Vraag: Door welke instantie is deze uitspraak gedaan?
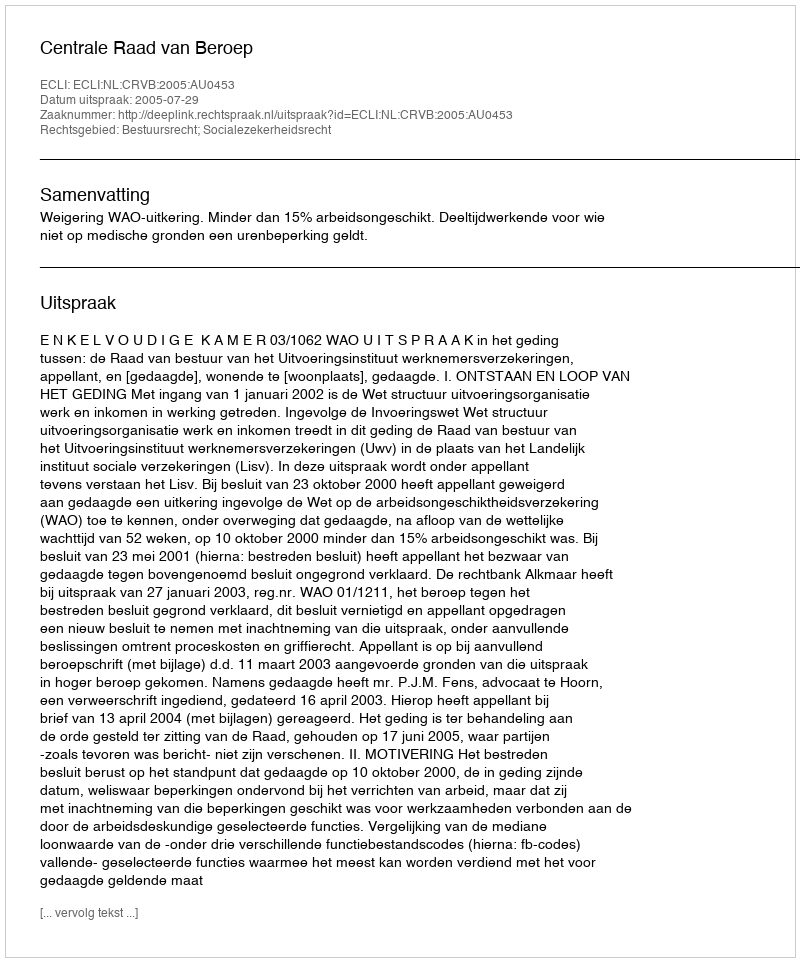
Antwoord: Centrale Raad van Beroep